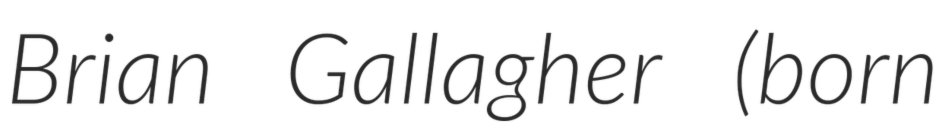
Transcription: Brian Gallagher (born